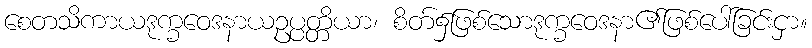
စေတသိကာယဒုက္ခဝေဒနာယဥပ္ပတ္တိယာ၊ စိတ်၌ဖြစ်သောဒုက္ခဝေဒနာ၏ဖြစ်ပေါ်ခြင်းငှာ။